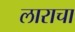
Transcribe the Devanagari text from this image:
लाराचा